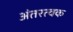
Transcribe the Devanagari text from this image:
अंतरत्‍वक